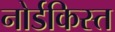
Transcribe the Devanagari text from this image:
नोर्डकिस्त